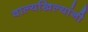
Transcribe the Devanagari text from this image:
वाल्यखिल्यांनी